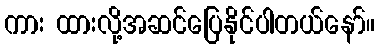
ကား ထားလို့အဆင်ပြေနိုင်ပါတယ်နော်။